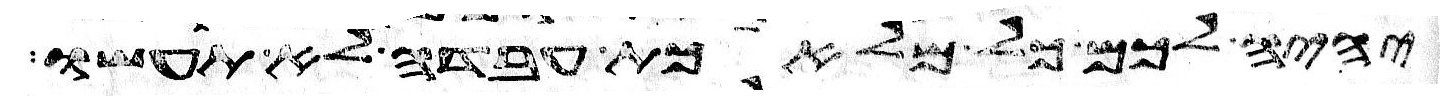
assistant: יהיה לכם כל מלאכת עבדה לא תעשו